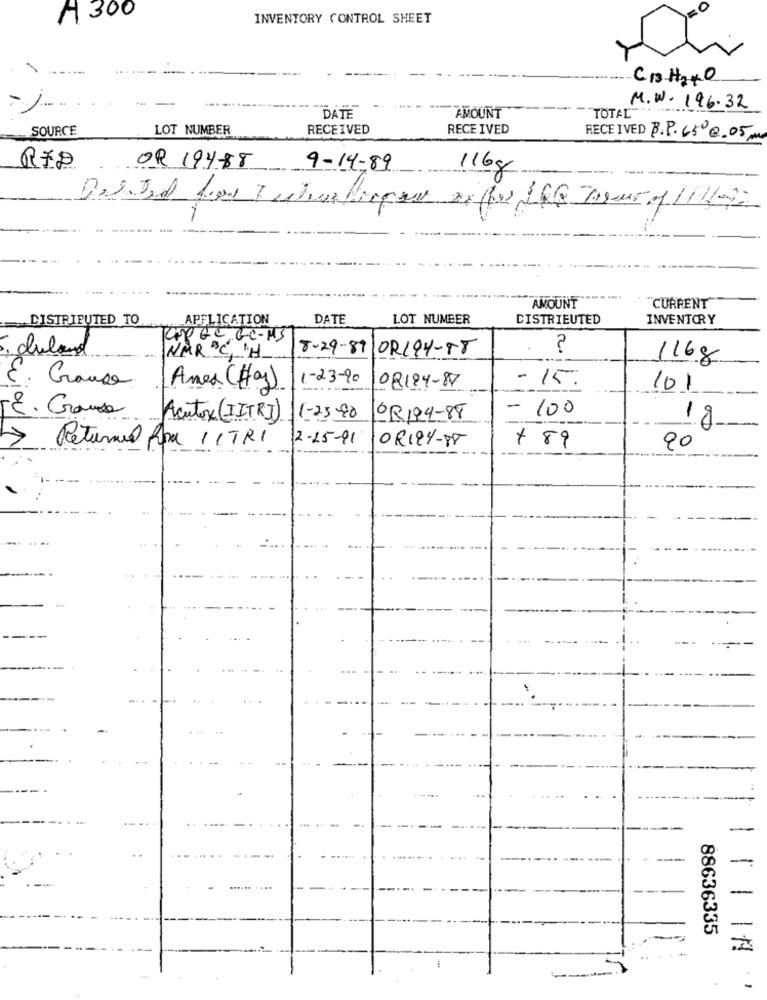
A 300
INVENTORY CONTROL SHEET
CISH2HO
--
TOTAL
M.W.196.32
DATE
AMOUNT
SOURCE
LOT NUMBER
RECEIVED
RECEIVED
RECEIVED B. P.650@ 05M
RED
OR 194-88
9-14-89
116g
AMOUNT
"CURRENT"
DISTRIPUTED TO
APPLICATION
DATE
LOT NUMBER
DISTRIEUTED
INVENTORY
GPGC GC- MS
: duland
8-29-87
OR194-58
. ?
NAR OCH
116g
1-23-90
- 15.
E. Cause
Amex (Hay)
08184-87
101
E. Grande
- 100
Acutox (IT RI)
1-23-90
OR194-88
18
12-25-91
OR194-88
+ 89
Rpa 11TR1
90
-
....
-
88636335
-
-